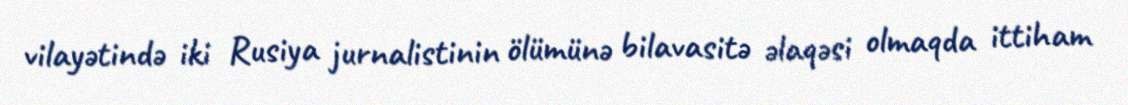
vilayətində iki Rusiya jurnalistinin ölümünə bilavasitə əlaqəsi olmaqda ittiham